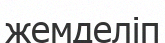
жемделіп